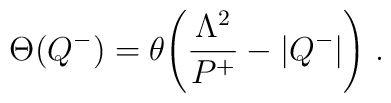
\Theta(Q^-)=\theta\Biggl({\Lambda^2 \over P^+}-|Q^-| \Biggr) \;.